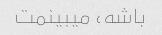
باشه، میبینمت